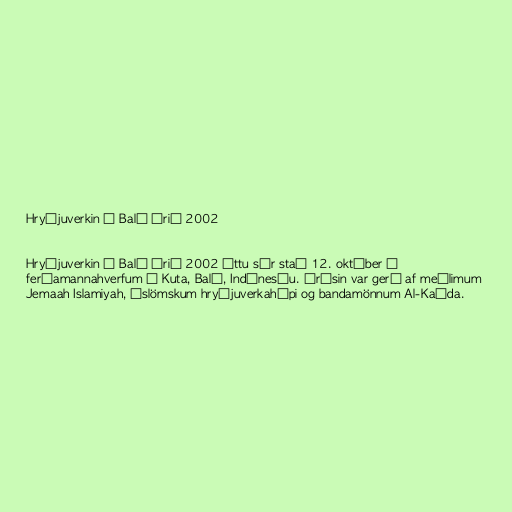
Hryðjuverkin á Balí árið 2002

Hryðjuverkin á Balí árið 2002 áttu sér stað 12. október í
ferðamannahverfum í Kuta, Balí, Indónesíu. Árásin var gerð af meðlimum
Jemaah Islamiyah, íslömskum hryðjuverkahópi og bandamönnum Al-Kaída.